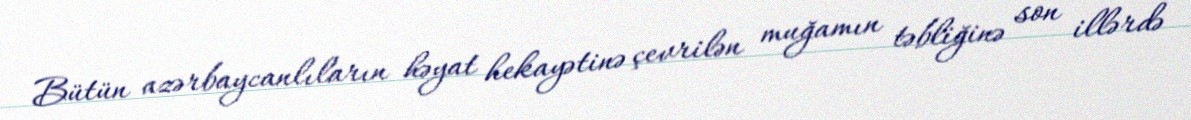
Bütün azərbaycanlıların həyat hekayətinə çevrilən muğamın təbliğinə son illərdə